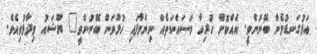
އަޅުގަނޑުމެން ބޭނުންވީ. އެއްކޮށް ހުރިހާ މަސައްކަތެއް ނިންމާފައި ހުޅުވަން ބޭނުންވީ" ޔޫޝައު ވިދާޅުވިއެވެ.